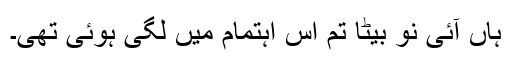
ہاں آئی نو بیٹا تم اس اہتمام میں لگی ہوئی تھی۔